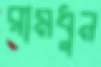
রামধুন